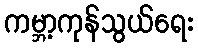
ကမ္ဘာ့ကုန်သွယ်ရေး